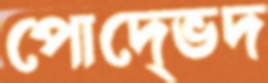
পােদে্ভদ